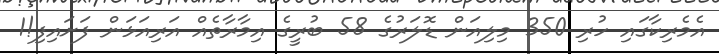
އެމެރިކާގައި ހުރި 350 މިލިއަން ޑޮލަރުގެ 58 ބުރީގެ އިމާރާތެއް އަރިއަޅަން ފަށައިފި!1